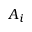
A _ { i }